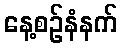
နေ့စဉ်နံနက်